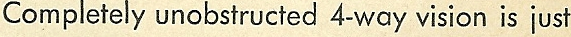
Completely unobstructed 4-way vision is just